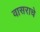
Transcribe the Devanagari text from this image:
वासराचे